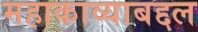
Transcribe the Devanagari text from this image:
महाकाव्याबद्दल